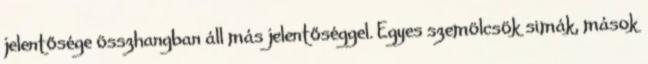
jelentősége összhangban áll más jelentőséggel. Egyes szemölcsök simák, mások